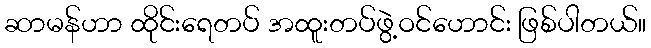
ဆာမန်ဟာ ထိုင်းရေတပ် အထူးတပ်ဖွဲ့ဝင်ဟောင်း ဖြစ်ပါတယ်။